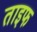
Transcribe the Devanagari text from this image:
ताइफ